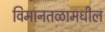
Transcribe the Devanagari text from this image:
विमानतळामधील